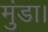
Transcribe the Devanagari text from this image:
मुंडा।